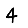
Digit: 4